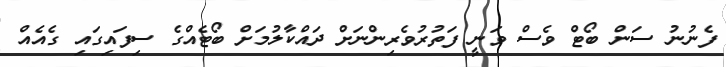
ފެނުނު ސަން ބޯޓް ވެސް ވަނީ ފަތުރުވެރިންނަށް ދައްކާލުމަށް ބޯޓެއްގެ ސިފައިގައި ގެއެއް